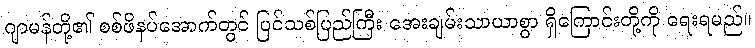
ဂျာမန်တို့၏ စစ်ဖိနပ်အောက်တွင် ပြင်သစ်ပြည်ကြီး အေးချမ်းသာယာစွာ ရှိကြောင်းတို့ကို ရေးရမည်။